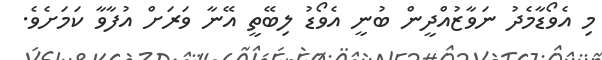
މި އެވޯޑާމެދު ނަވާޒުއްދީން ބުނީ އެވޯޑު ލިބޭތީ އޭނާ ވަރަށް އުފާވާ ކަމަށެވެ.